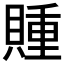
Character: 𲂳